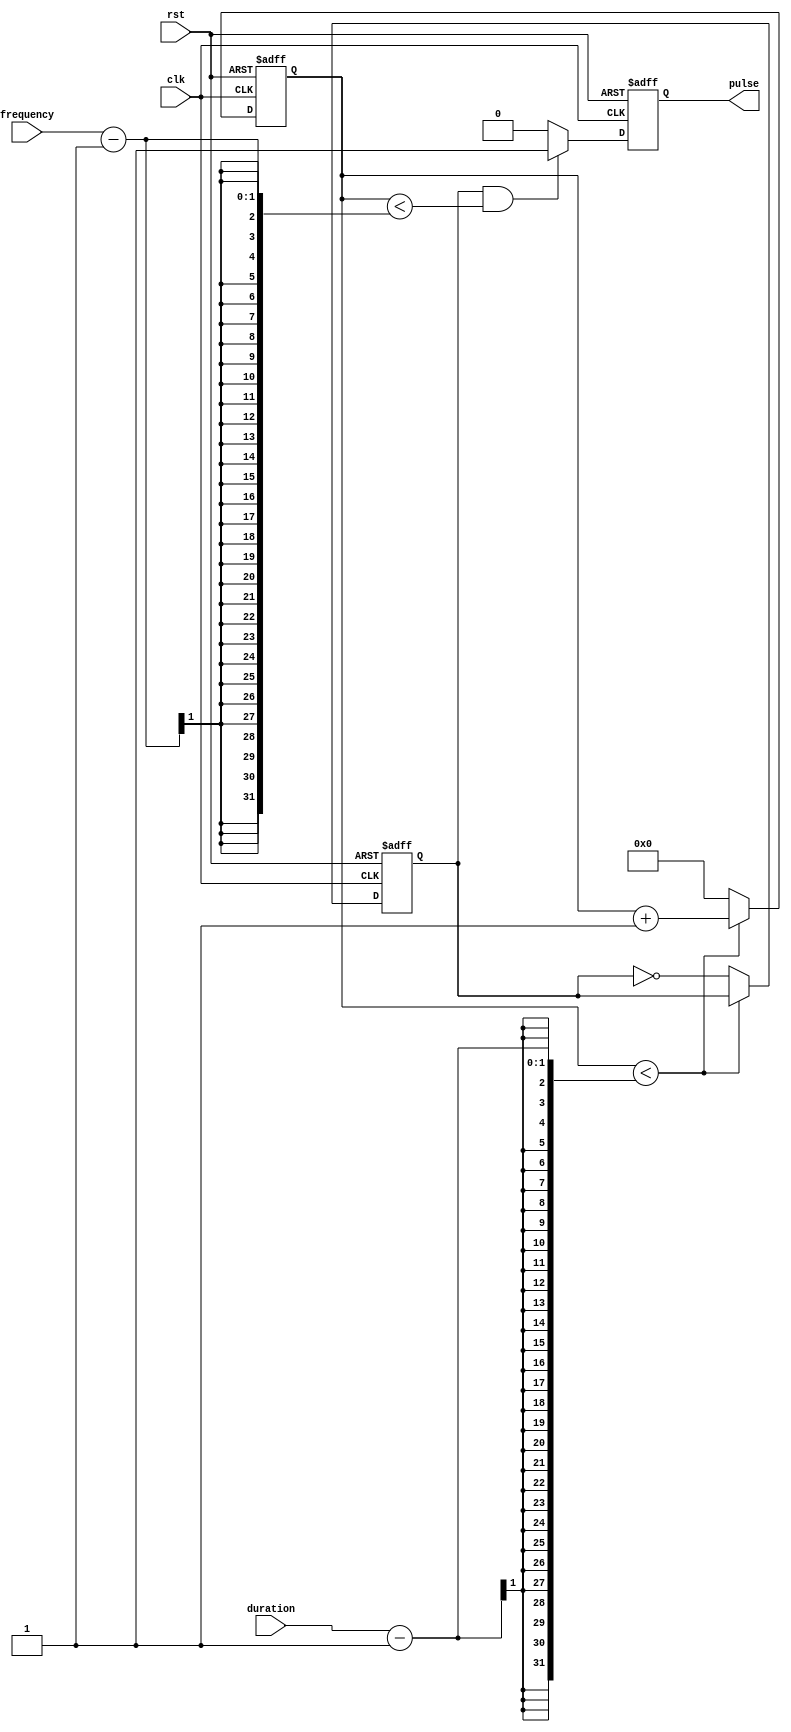
module simple_pulse_generator(
    input wire clk,
    input wire rst,
    input wire duration,
    input wire frequency,
    output reg pulse
);

reg [31:0] counter;
reg generate_pulse;

always @(posedge clk or posedge rst) begin
    if (rst) begin
        counter <= 0;
        generate_pulse <= 0;
        pulse <= 0;
    end else begin
        if (counter < duration-1) begin
            counter <= counter + 1;
        end else begin
            counter <= 0;
            generate_pulse <= ~generate_pulse;
        end
        
        if (generate_pulse && (counter < frequency-1)) begin
            pulse <= 1;
        end else begin
            pulse <= 0;
        end
    end
end

endmodule